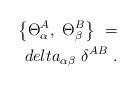
LaTeX: \begin{align*}\left\{ \Theta_\alpha^A, \ \Theta_\beta^B\right\} \ = \\delta_{\alpha\beta} \ \delta^{AB} \ .\end{align*}